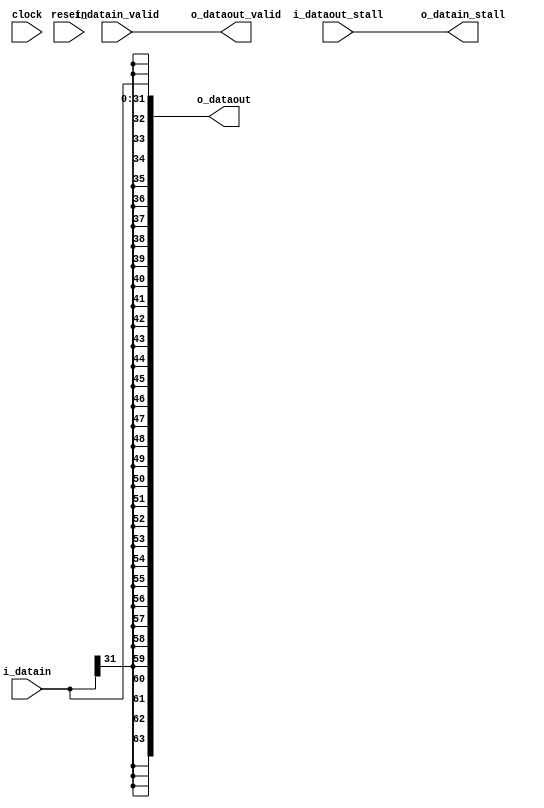
module vfabric_sextend(clock, resetn, 
    i_datain, i_datain_valid, o_datain_stall, 
    o_dataout, i_dataout_stall, o_dataout_valid);

parameter DATAIN_WIDTH = 32;
parameter DATAOUT_WIDTH = 64;

  input clock, resetn;
  input [DATAIN_WIDTH-1:0] i_datain;
  input i_datain_valid;
  output o_datain_stall;
  output [DATAOUT_WIDTH-1:0] o_dataout;
  input i_dataout_stall;
  output o_dataout_valid;
  
  assign o_dataout = {{DATAOUT_WIDTH{i_datain[DATAIN_WIDTH-1]}}, i_datain[DATAIN_WIDTH-1:0]};
  assign o_datain_stall = i_dataout_stall;
  assign o_dataout_valid = i_datain_valid;
 
endmodule